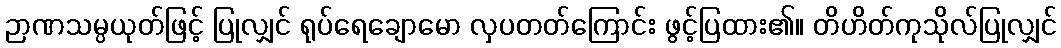
ဉာဏသမ္ပယုတ်ဖြင့် ပြုလျှင် ရုပ်ရေချောမော လှပတတ်ကြောင်း ဖွင့်ပြထား၏။ တိဟိတ်ကုသိုလ်ပြုလျှင်